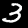
Label: 3